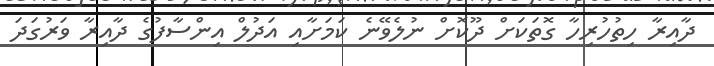
ދާއިރާ ހިތުހުރިހާ ގޮތަކަށް ދޫކޮށް ނުލެވޭނެ ކަމަށާއި އަދުލް އިންސާފުގެ ދާއިރާ ވަރުގަދަ